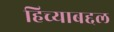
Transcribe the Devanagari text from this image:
हिच्याबद्दल